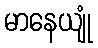
မာနေယျုံ